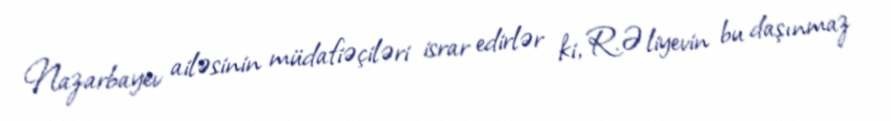
Nazarbayev ailəsinin müdafiəçiləri israr edirlər ki, R.Əliyevin bu daşınmaz